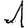
Digit: 1